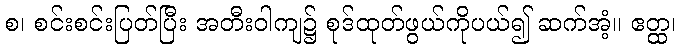
စ၊ စင်းစင်းပြတ်ပြီး အတီးဝါကျ၌ စုဒ်ထုတ်ဖွယ်ကိုပယ်၍ ဆက်အံ့။ ဧတ္ထ၊